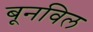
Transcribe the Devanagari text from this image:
बूनविल